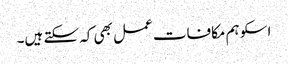
اسکو ہم مکافات عمل بھی کہ سکتے ہیں۔